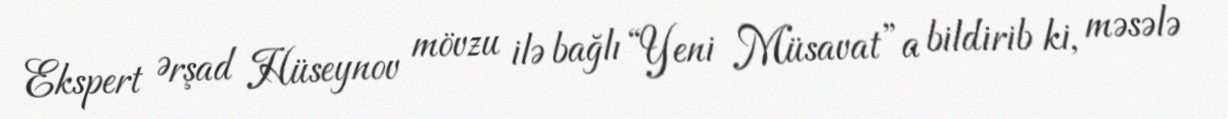
Ekspert Ərşad Hüseynov mövzu ilə bağlı “Yeni Müsavat”a bildirib ki, məsələ